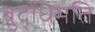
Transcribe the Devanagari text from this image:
बुद्धिमति